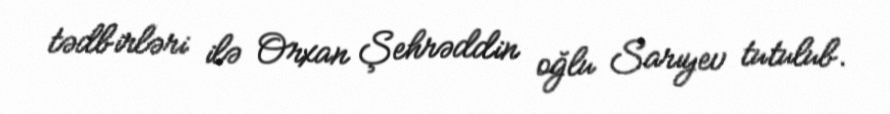
tədbirləri ilə Orxan Şehrəddin oğlu Sarıyev tutulub.